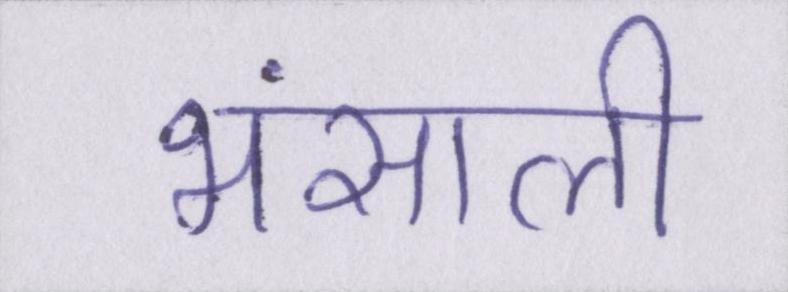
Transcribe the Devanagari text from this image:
भंसाली